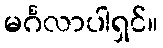
မင်္ဂလာပါရှင်။